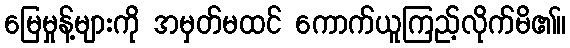
မြေမှုန့်များကို အမှတ်မထင် ကောက်ယူကြည့်လိုက်မိ၏။